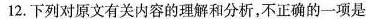
12. 下列对原文有关内容的理和分析，不正确的一项是